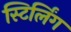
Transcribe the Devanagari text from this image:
स्टिर्लिंग